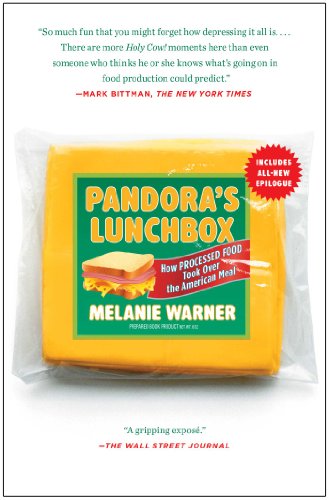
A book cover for Pandora's Lunchbox: How Processed Food Took Over the American Meal; Melanie Warner; Cookbooks, Food & Wine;